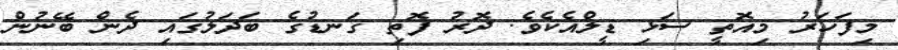
މިފަހަރު މިއޮތީ ސަޅި ޑީލްއެކެވެ. ދޮރު ފޮތި ގަނޑުގެ ބަދަލުގައި ދެން ބޭނުން